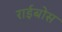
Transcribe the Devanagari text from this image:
राईबोस